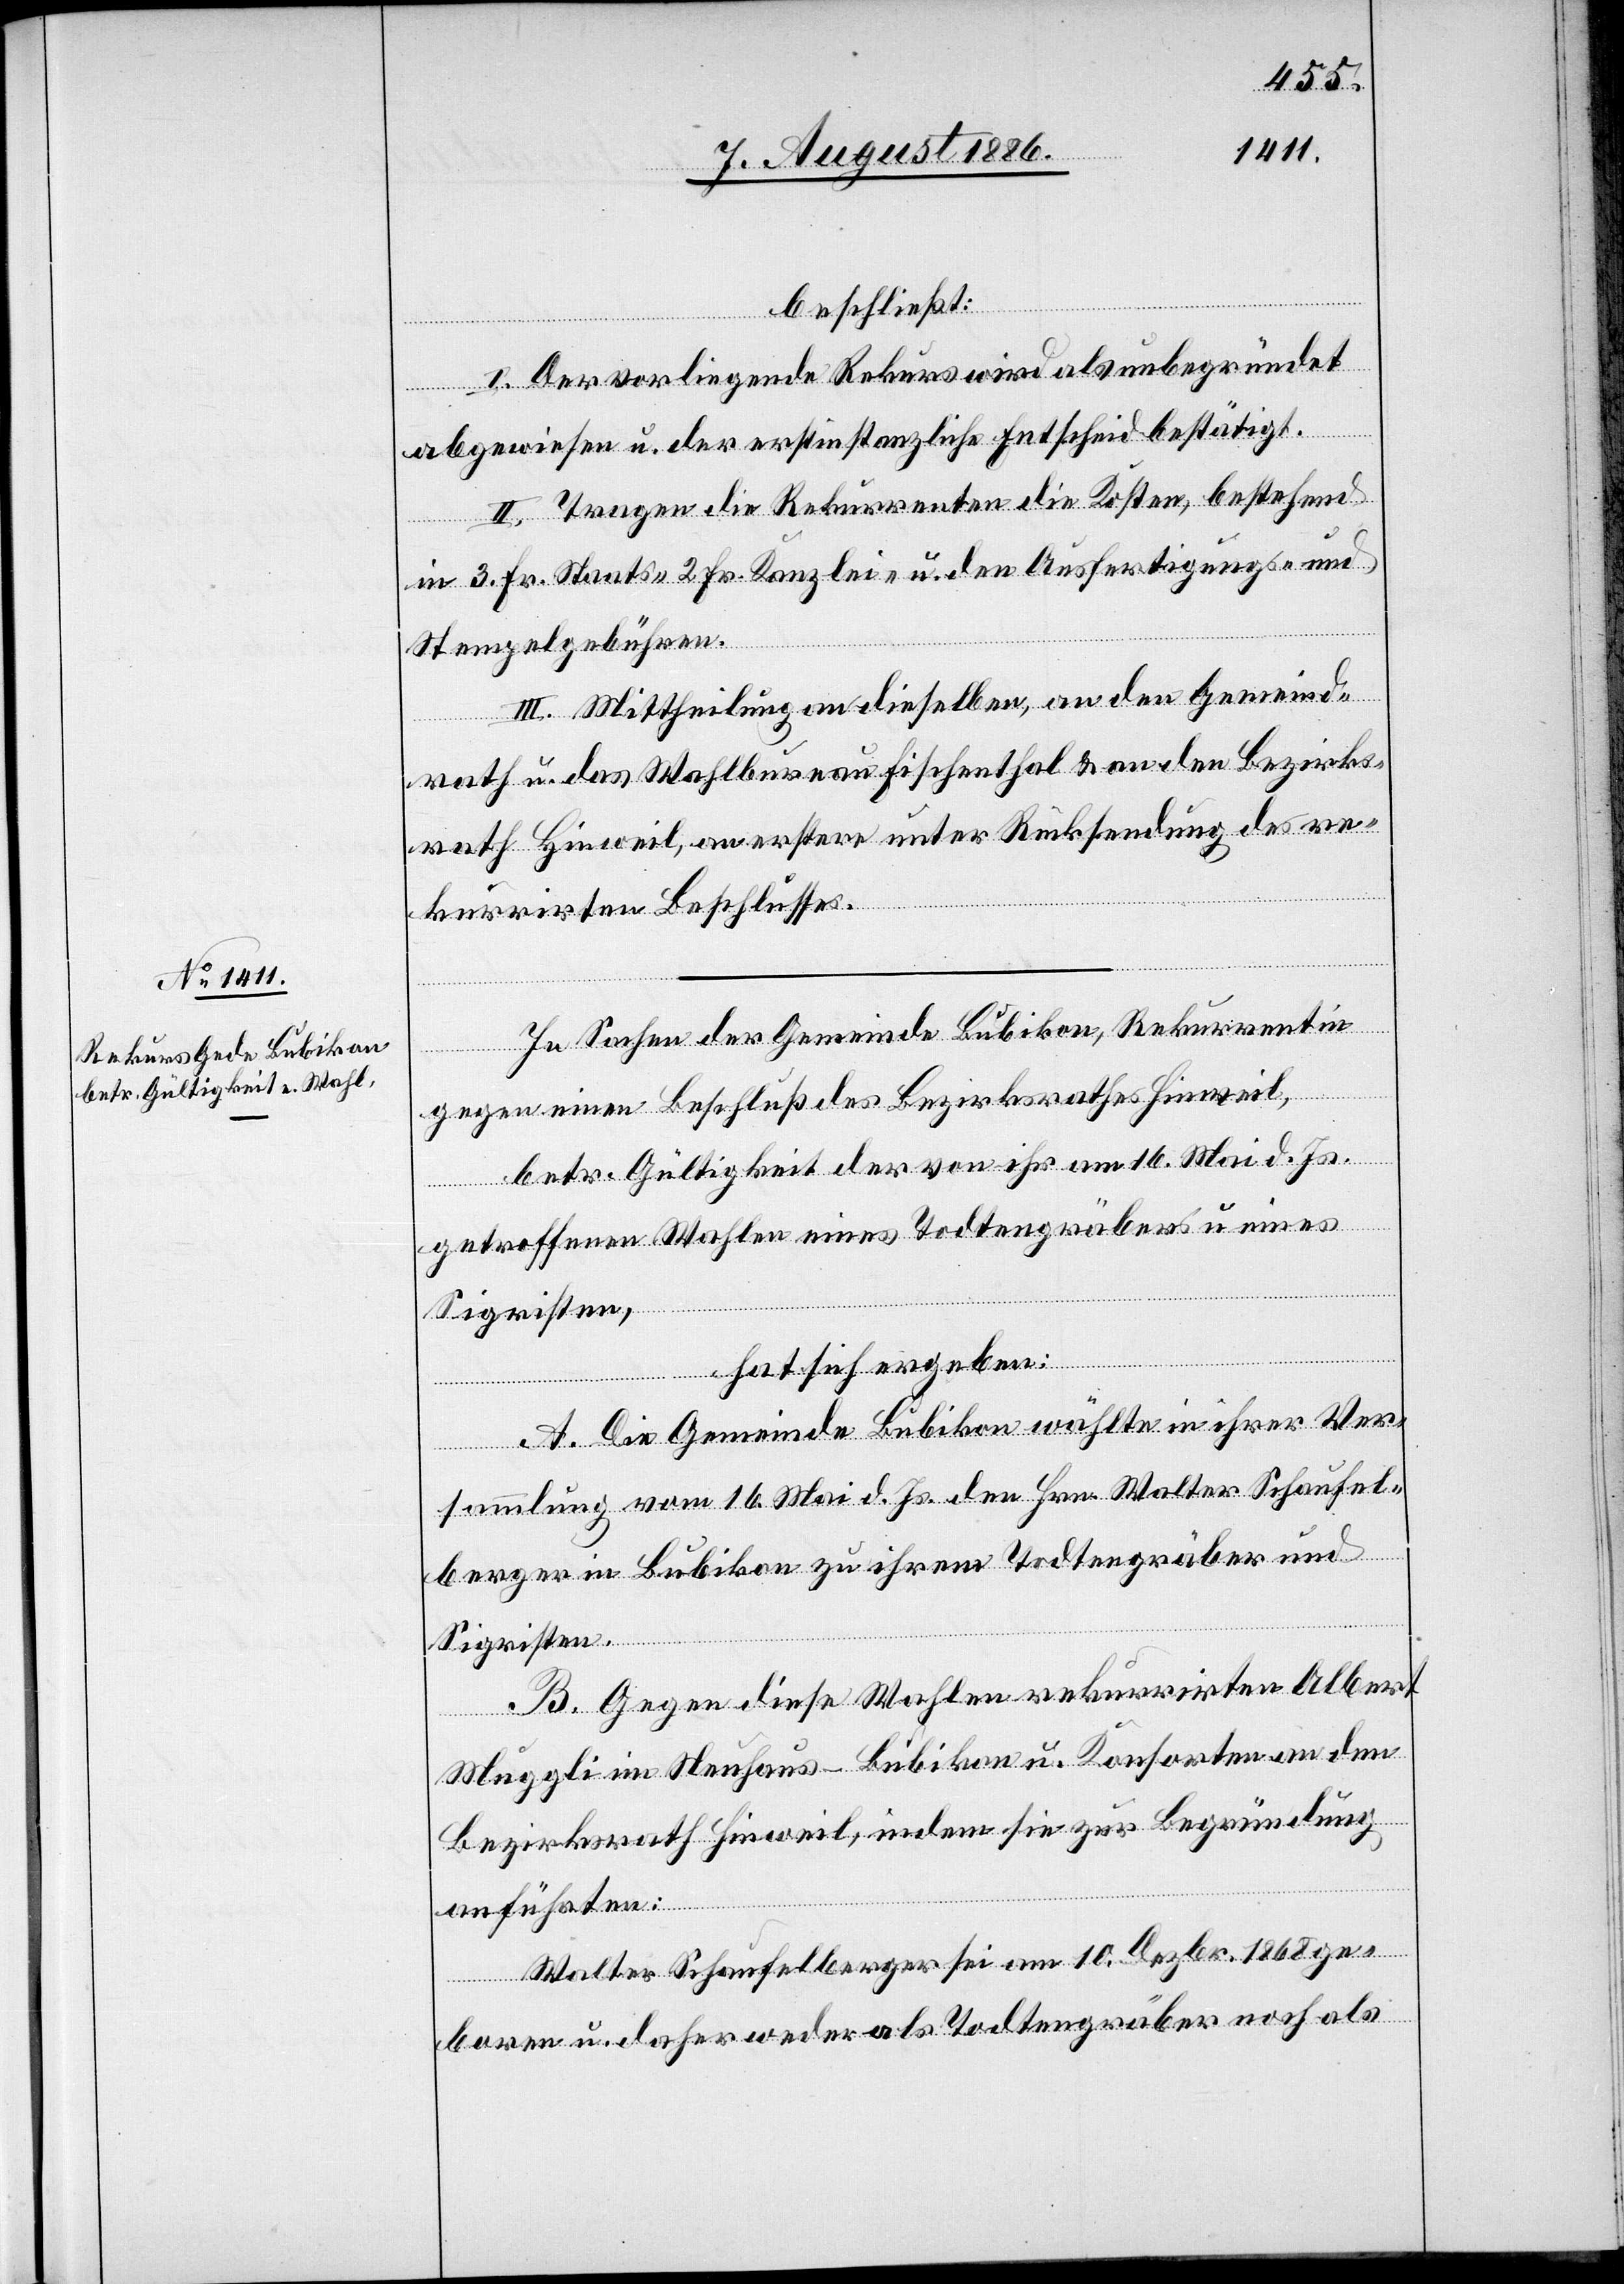
beschließt:
I. Der vorliegende Rekurs wird als unbegründet
abgewiesen u. der erstinstanzliche Entscheid bestätigt.
II. Tragen die Rekurrenten die Kosten, bestehend
in 3 Fr. Staats-, 2 Fr. Kanzlei- u. den Ausfertigungs- und
Stempelgebühren.
III. Mittheilung an dieselben, an den Gemeind¬
rath u. das Wahlbureau Fischenthal & an den Bezirks¬
rath Hinweil, an erstere unter Rücksendung des re¬
kurrirten Beschlusses.
In Sachen der Gemeinde Bubikon, Rekurrentin
gegen einen Beschluß des Bezirksrathes Hinweil,
betr. Gültigkeit der von ihr am 16. Mai d. Js.
getroffenen Wahlen eines Todtengräbers u. eines
Sigristen,
hat sich ergeben:
A. Die Gemeinde Bubikon wählte in ihrer Ver¬
sammlung vom 16. Mai d. Js. den Hrn. Walter Schaufel¬
berger in Bubikon zu ihrem Todtengräber und
Sigristen.
B. Gegen diese Wahlen rekurrirten Albert
Muggli im Neuhaus - Bubikon u. Konsorten an den
Bezirksrath Hinweil, indem sie zur Begründung
anführten:
Walter Schaufelberger sei am 10. Dezbr. 1868 ge¬
boren u. daher weder als Todtengräber noch als